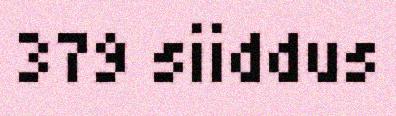
379 siiddus